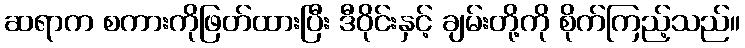
ဆရာက စကားကိုဖြတ်ထားပြီး ဒီဝိုင်းနှင့် ချမ်းတို့ကို စိုက်ကြည့်သည်။